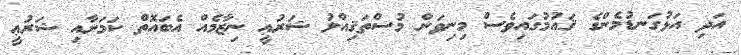
އަދި އަޅުގަނޑުމެންގެ ޤައުމުގައިވެސް މިނިވަން މުސްތަޤިއްލު ޝަރުޢީ ނިޒާމެއް އެބައޮތް ކަމަށާއި ޝަރުޢީ